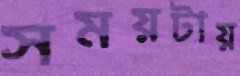
সময়টায়